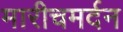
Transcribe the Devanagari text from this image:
मारीचमर्दन